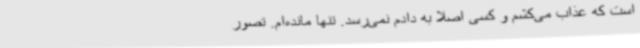
است که عذاب می‌کشم و کسی اصلا به دادم نمی‌رسد. تنها مانده‌ام. تصور